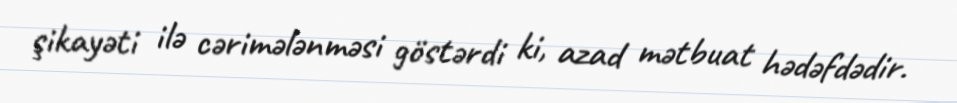
şikayəti ilə cərimələnməsi göstərdi ki, azad mətbuat hədəfdədir.